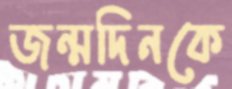
জন্মদিনকে